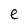
Character: e